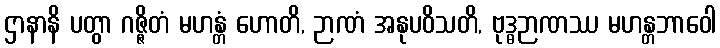
ဌာနာနိ ပတွာ ဂဇ္ဇိတံ မဟန္တံ ဟောတိ, ဉာဏံ အနုပဝိသတိ, ဗုဒ္ဓဉာဏဿ မဟန္တဘာဝေါ